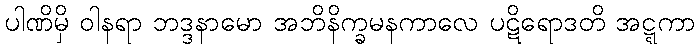
ပါဏိမှိ ဝါနရာ ဘဒ္ဒနာမော အဘိနိက္ခမနကာလေ ပဋိရောဒတိ အဋ္ဋကာ